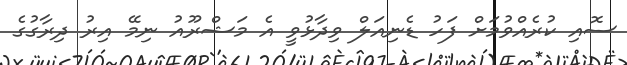
ސޮއި ކުރެއްވުމަށް ފަހު ޑެނިއަލް ވިދާޅުވީ އެ މަޝްރޫއު ނިމޭ އިރު ދިރާގުގެ